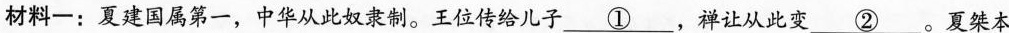
材料一：夏建国属第一，中华从此奴隶制。王位传给儿子 \underline{①}，禅让从此变\underline{②}。夏桀